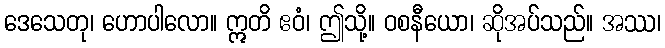
ဒေသေတု၊ ဟောပါလော။ ဣတိ ဧဝံ၊ ဤသို့။ ဝစနီယော၊ ဆိုအပ်သည်။ အဿ၊